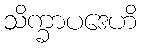
သိက္ခာပဒေဟိ